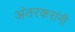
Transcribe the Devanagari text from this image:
अंतरकरांनी